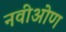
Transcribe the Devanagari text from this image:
नवीओण